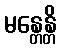
မန္တေန္တိ